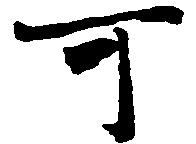
可